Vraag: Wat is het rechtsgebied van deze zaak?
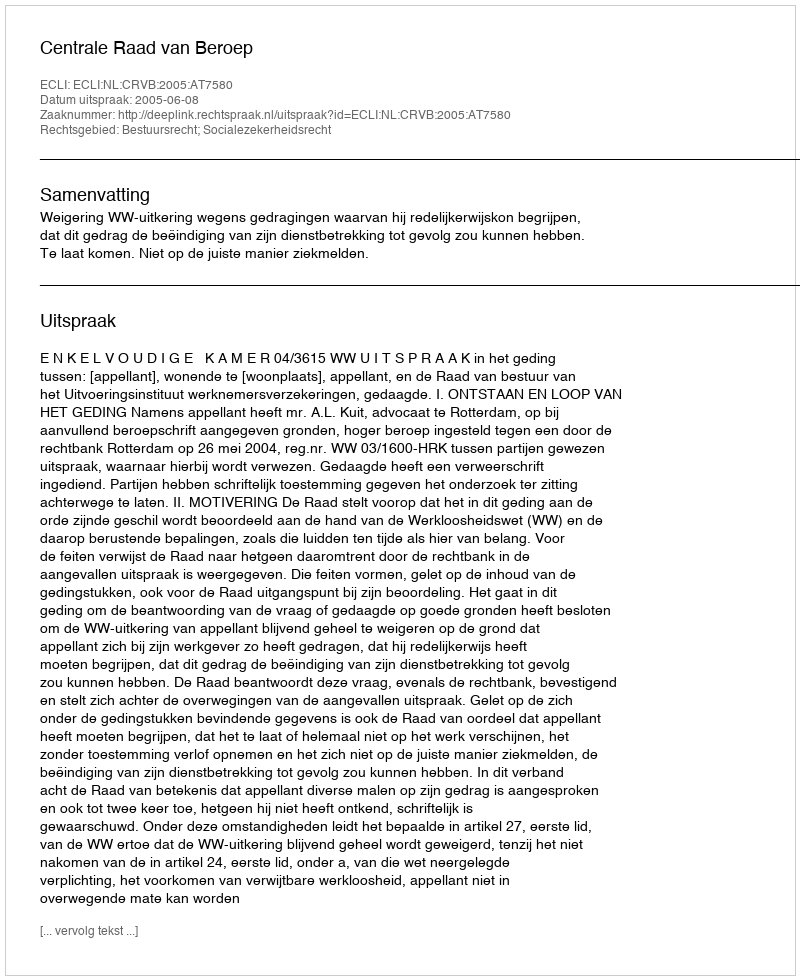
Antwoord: Bestuursrecht; Socialezekerheidsrecht